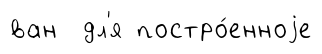
ван дл'я постро́енноjе